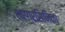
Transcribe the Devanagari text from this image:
शरग्रसिनिका